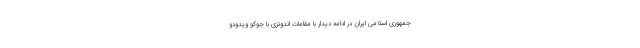
جمهوری اسلامی ایران در ادامه دیدار با مقامات اندونزی با جوکو ویدودو